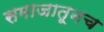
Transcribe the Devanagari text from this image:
समाजातूनच